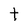
Character: t